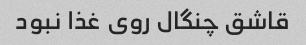
قاشق چنگال روی غذا نبود